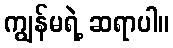
ကျွန်မရဲ့ ဆရာပါ။